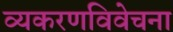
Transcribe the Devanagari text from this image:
व्यकरणविवेचना